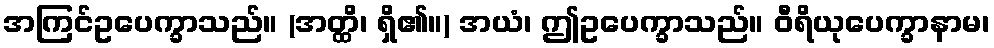
အကြင်ဥပေက္ခာသည်။ (အတ္ထိ၊ ရှိ၏။) အယံ၊ ဤဥပေက္ခာသည်။ ဝီရိယုပေက္ခာနာမ၊